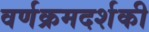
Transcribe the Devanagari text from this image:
वर्णक्रमदर्शकी